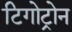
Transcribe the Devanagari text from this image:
टिगोट्रोन